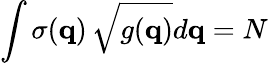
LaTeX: \int\sigma(\mathbf{q})\, \sqrt{g(\mathbf{q})}d\mathbf{q}=N